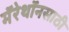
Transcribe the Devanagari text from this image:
मॅरेथॉनसाठी